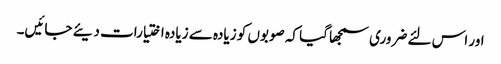
اور اس لئے ضروری سمجھا گیا کہ صوبوں کو زیادہ سے زیادہ اختیارات دیئے جائیں۔